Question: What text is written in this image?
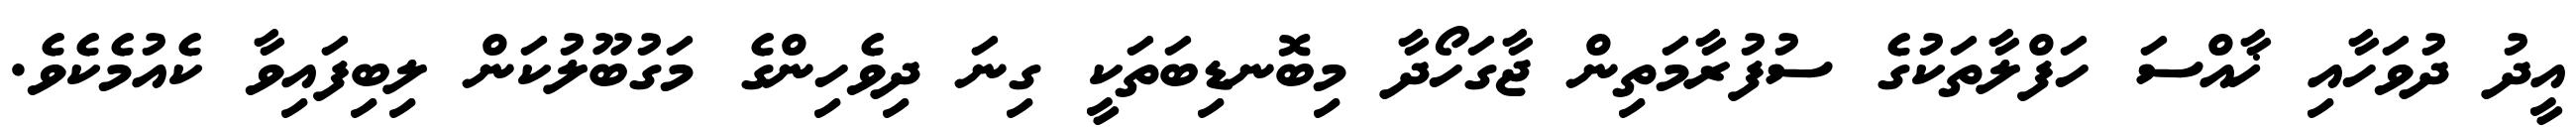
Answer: އީދު ދުވަހާއި ޚާއްސަ ހަފްލާތަކުގެ ސުފުރާމަތިން ޖާގަހޯދާ މިބޮނޑިބަތަކީ ގިނަ ދިވެހިންގެ މަގުބޫލުކަން ލިބިފައިވާ ކެއުމެކެވެ.